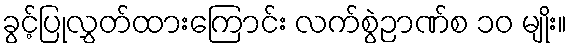
ခွင့်ပြုလွှတ်ထားကြောင်း လက်စွဲဉာဏ်စ ၁၀ မျိုး။